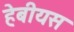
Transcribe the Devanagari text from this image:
हेबीयस